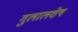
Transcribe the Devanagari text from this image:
गुलालशेष